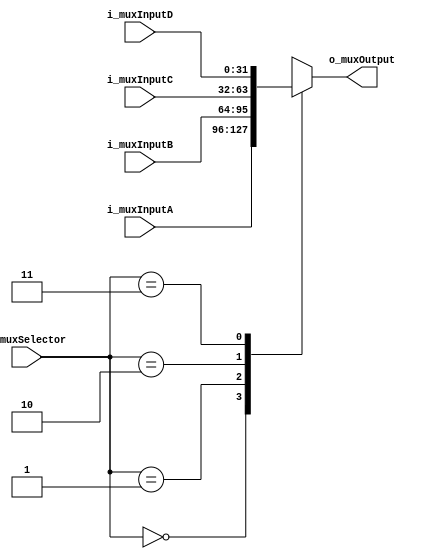
module mux4to1 
#(
    parameter DATA_LEN = 32
)
(
    //Inputs
    input wire [DATA_LEN-1:0] i_muxInputA,
    input wire [DATA_LEN-1:0] i_muxInputB,
    input wire [DATA_LEN-1:0] i_muxInputC,
    input wire [DATA_LEN-1:0] i_muxInputD,
    input wire [1:0]          i_muxSelector,

    //Outputs
    output wire [DATA_LEN-1:0] o_muxOutput
);

localparam INPUTA = 2'b00;
localparam INPUTB = 2'b01;
localparam INPUTC = 2'b10;
localparam INPUTD = 2'b11;

reg [DATA_LEN-1:0] r_muxOutput;

always @(*) begin
    case (i_muxSelector)
        INPUTA: r_muxOutput = i_muxInputA;
        INPUTB: r_muxOutput = i_muxInputB;
        INPUTC: r_muxOutput = i_muxInputC;
        INPUTD: r_muxOutput = i_muxInputD;
        
        default: r_muxOutput = i_muxInputA; 
    endcase
end

//Assigns
assign o_muxOutput = r_muxOutput;

endmodule